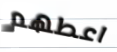
اعطهم